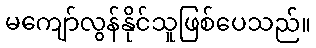
မကျော်လွန်နိုင်သူဖြစ်ပေသည်။